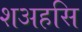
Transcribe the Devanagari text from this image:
शअहसि